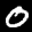
Label: 0